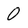
Character: O